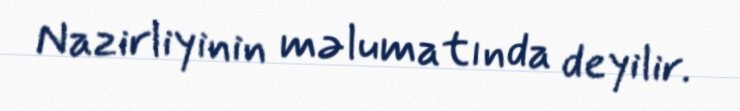
Nazirliyinin məlumatında deyilir.